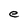
Character: e